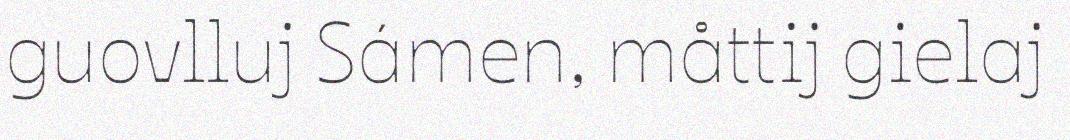
guovlluj Sámen, måttij gielaj